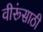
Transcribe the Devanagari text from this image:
वीरूंसाठी